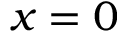
x = 0